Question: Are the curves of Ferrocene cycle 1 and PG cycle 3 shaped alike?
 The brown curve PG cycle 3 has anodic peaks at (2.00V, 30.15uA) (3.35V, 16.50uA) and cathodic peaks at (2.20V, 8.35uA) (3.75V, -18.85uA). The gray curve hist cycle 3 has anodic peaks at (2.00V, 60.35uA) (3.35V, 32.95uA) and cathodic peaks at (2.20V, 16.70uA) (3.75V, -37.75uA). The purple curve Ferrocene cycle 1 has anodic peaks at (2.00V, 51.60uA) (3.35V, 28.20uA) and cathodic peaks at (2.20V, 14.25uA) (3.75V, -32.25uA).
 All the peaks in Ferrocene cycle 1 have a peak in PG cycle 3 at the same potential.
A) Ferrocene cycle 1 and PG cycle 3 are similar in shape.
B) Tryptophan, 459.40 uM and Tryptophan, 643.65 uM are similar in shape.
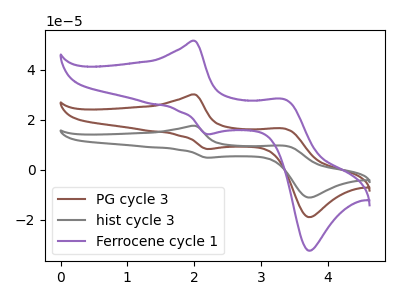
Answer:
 <answer>A) "Ferrocene cycle 1" and "PG cycle 3" are similar in shape.</answer>
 <eval>A</eval>